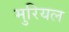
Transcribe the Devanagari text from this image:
मुरियल